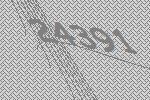
24391